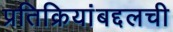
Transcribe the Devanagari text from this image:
प्रतिक्रियांबद्दलची